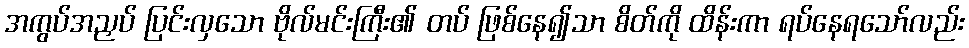
အကွပ်အညှပ် ပြင်းလှသော ဗိုလ်မင်းကြီး၏ တပ် ဖြစ်နေ၍သာ စိတ်ကို ထိန်းကာ ရပ်နေရသော်လည်း